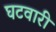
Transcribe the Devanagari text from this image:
घटवारी